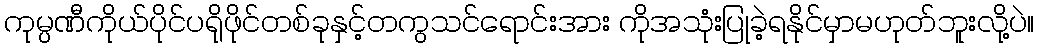
ကုမ္ပဏီကိုယ်ပိုင်ပရိုဖိုင်တစ်ခုနှင့်တကွသင်ရောင်းအား ကိုအသုံးပြုခဲ့ရနိုင်မှာမဟုတ်ဘူးလို့ပဲ။